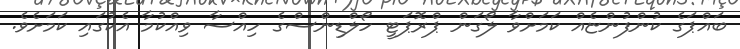
ބައްޕަގެ ކުންފުންޏެއް ކަމަށްވާ ލޯގަން ޕްރޮޕަޓީ ހޯލްޑިންސްގެ ހިއްސާ ވިއްކުމާ އެކުގައި ކަމަށެވެ.